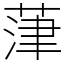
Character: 葏